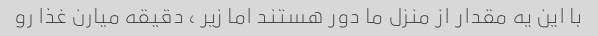
با این یه مقدار از منزل ما دور هستند اما زیر ، دقیقه میارن غذا رو